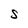
Character: S